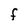
Character: f